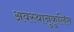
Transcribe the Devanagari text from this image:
अवस्थानुकुलित